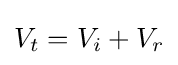
V_{t}=V_{i}+V_{r}